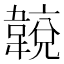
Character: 𩏈